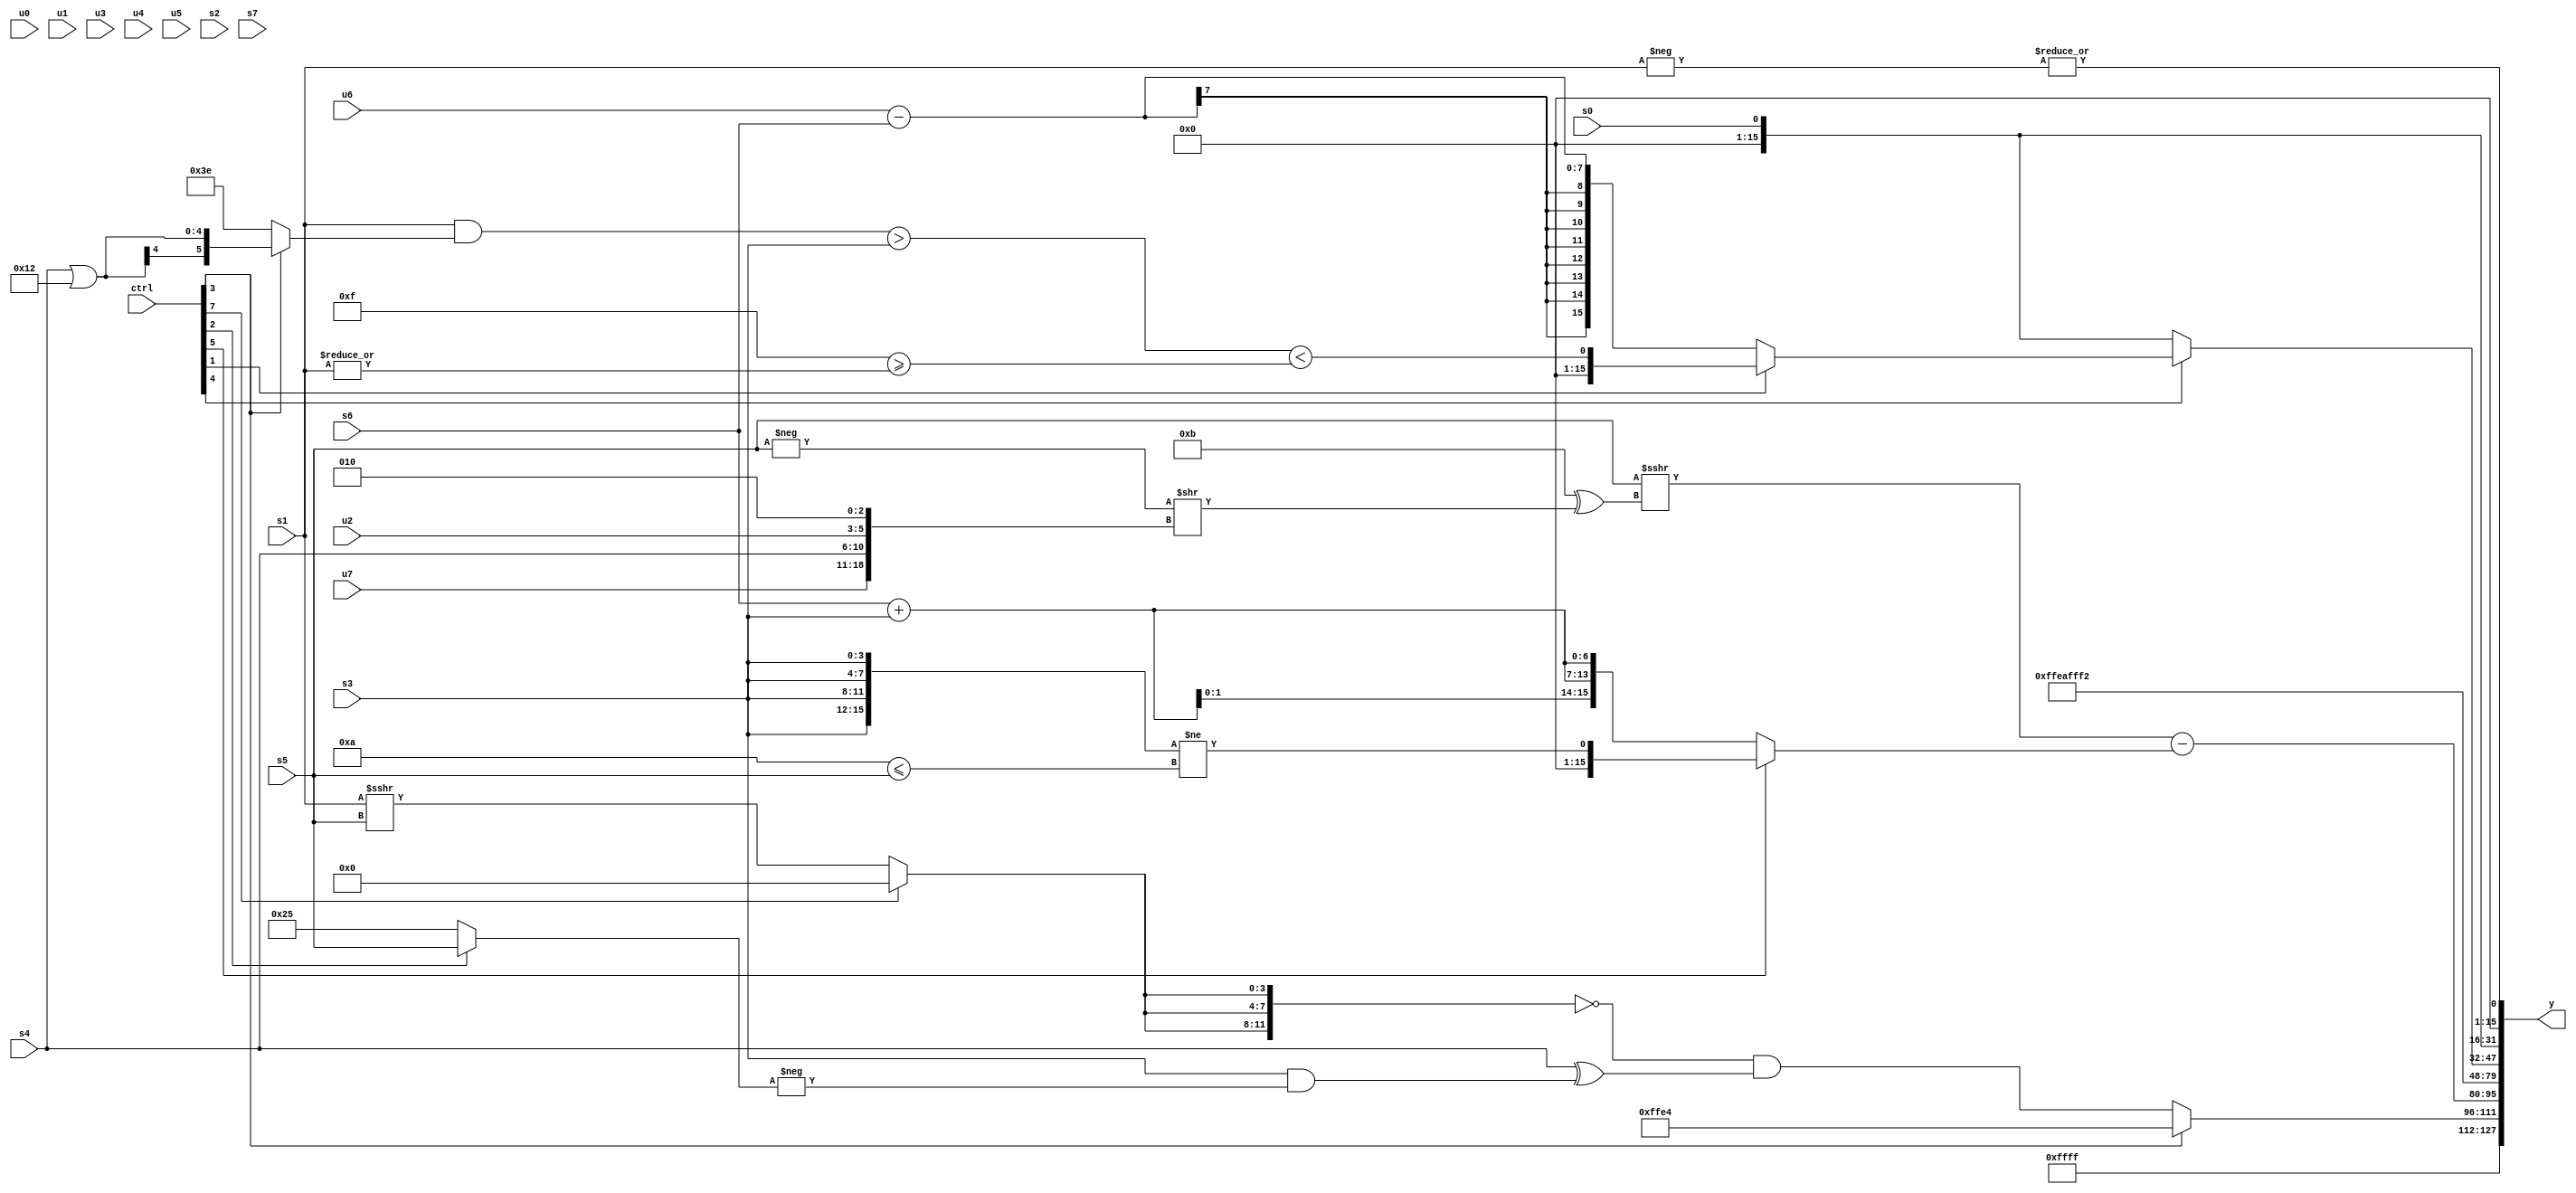
module wideexpr_00618(ctrl, u0, u1, u2, u3, u4, u5, u6, u7, s0, s1, s2, s3, s4, s5, s6, s7, y);
  input [7:0] ctrl;
  input [0:0] u0;
  input [1:0] u1;
  input [2:0] u2;
  input [3:0] u3;
  input [4:0] u4;
  input [5:0] u5;
  input [6:0] u6;
  input [7:0] u7;
  input signed [0:0] s0;
  input signed [1:0] s1;
  input signed [2:0] s2;
  input signed [3:0] s3;
  input signed [4:0] s4;
  input signed [5:0] s5;
  input signed [6:0] s6;
  input signed [7:0] s7;
  output [127:0] y;
  wire [15:0] y0;
  wire [15:0] y1;
  wire [15:0] y2;
  wire [15:0] y3;
  wire [15:0] y4;
  wire [15:0] y5;
  wire [15:0] y6;
  wire [15:0] y7;
  assign y = {y0,y1,y2,y3,y4,y5,y6,y7};
  assign y0 = 3'sb111;
  assign y1 = (ctrl[3]?6'sb100100:($signed(!({3{(ctrl[7]?(s3)>>(3'sb100):(s1)>>>(s5))}})))&((s4)^((s3)&(-($signed((ctrl[2]?s5:6'sb100101)))))));
  assign y2 = ((s5)>>>((4'sb1011)^((-($signed(s5)))>>($signed({u7,s4,u2,3'sb010})))))-(+((ctrl[5]?+(({4{s3}})!=((4'sb1010)<=(s5))):$signed({3{(s6)+(s3)}}))));
  assign y3 = (1'sb0)^(6'sb101010);
  assign y4 = 5'sb10010;
  assign y5 = (ctrl[4]?(ctrl[1]?$unsigned((((s1)&((ctrl[3]?(s4)|(5'sb10010):6'sb111110)))>(s3))<((5'b01111)>=(|(s1)))):(u6)-(+(s6))):s0);
  assign y6 = $unsigned(s0);
  assign y7 = |(-(s1));
endmodule